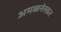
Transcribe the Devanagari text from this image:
अमळनेरकर